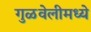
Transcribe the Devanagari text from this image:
गुळवेलीमध्ये